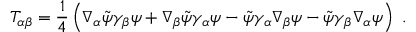
T _ { \alpha \beta } = { \frac { 1 } { 4 } } \left( \nabla _ { \alpha } \tilde { \psi } \gamma _ { \beta } \psi + \nabla _ { \beta } \tilde { \psi } \gamma _ { \alpha } \psi - \tilde { \psi } \gamma _ { \alpha } \nabla _ { \beta } \psi - \tilde { \psi } \gamma _ { \beta } \nabla _ { \alpha } \psi \right) ~ .